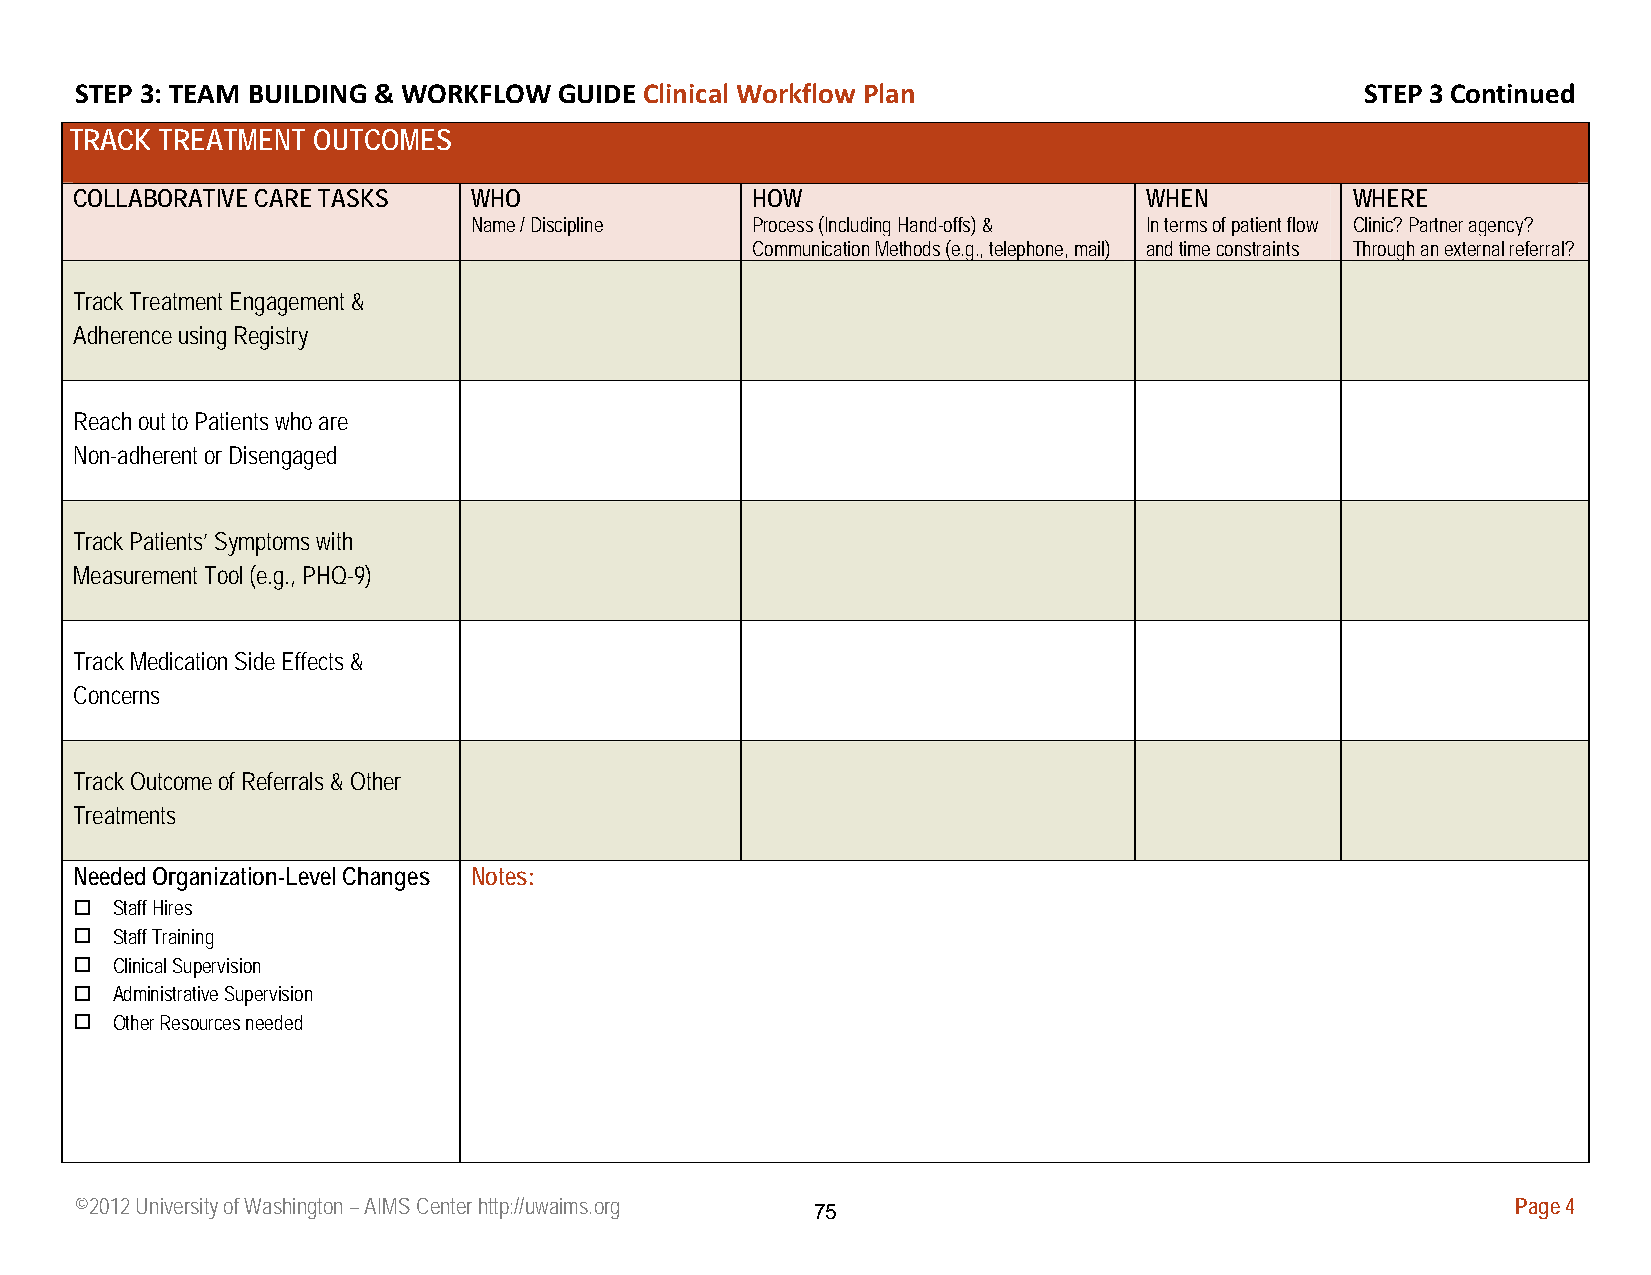
STEP 3: TEAM BUILDING & WORKFLOW GUIDE Clinical Workflow Plan                        STEP 3 Continued
 TRACK TREATMENT OUTCOMES
 COLLABORATIVE CARE TASKS  WHO                HOW                       WHEN          WHERE
 Name / Discipline  Process (Including Hand-offs) & In terms of patient flow Clinic? Partner agency?
 Communication Methods (e.g., telephone, mail) and time constraints Through an external referral?
 Track Treatment Engagement &
 Adherence using Registry
 Reach out to Patients who are
 Non-adherent or Disengaged
 Track Patients’ Symptoms with
 Measurement Tool (e.g., PHQ-9)
 Track Medication Side Effects &
 Concerns
 Track Outcome of Referrals & Other
 Treatments
 Needed Organization-Level Changes Notes:
 Staff Hires
 Staff Training
 Clinical Supervision
 Administrative Supervision
 Other Resources needed
 ©2012 University of Washington – AIMS Center http://uwaims.org                                 Page 4
 75